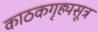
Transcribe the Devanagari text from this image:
काठकगृह्यसूत्र